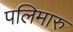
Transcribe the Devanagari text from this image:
पलिमारु